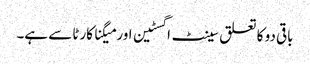
باقی دو کا تعلق سینٹ اگسٹین اور میگنا کارٹا سے ہے۔